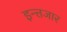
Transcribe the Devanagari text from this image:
इन्त्तजार